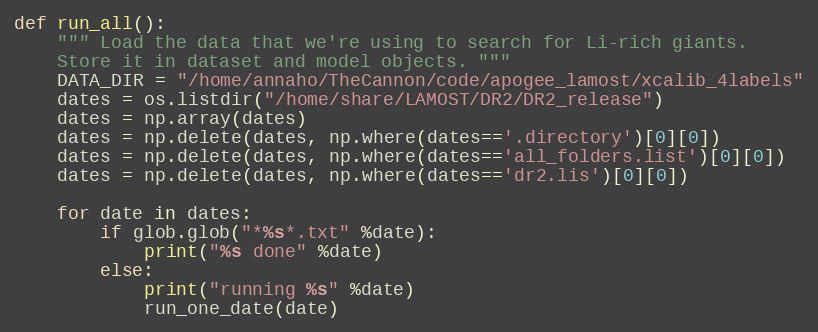
Language: Python
def run_all():
    """ Load the data that we're using to search for Li-rich giants.
    Store it in dataset and model objects. """
    DATA_DIR = "/home/annaho/TheCannon/code/apogee_lamost/xcalib_4labels"
    dates = os.listdir("/home/share/LAMOST/DR2/DR2_release")
    dates = np.array(dates)
    dates = np.delete(dates, np.where(dates=='.directory')[0][0])
    dates = np.delete(dates, np.where(dates=='all_folders.list')[0][0])
    dates = np.delete(dates, np.where(dates=='dr2.lis')[0][0])

    for date in dates:
        if glob.glob("*%s*.txt" %date):
            print("%s done" %date)
        else:
            print("running %s" %date)
            run_one_date(date)